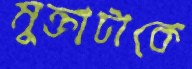
মুক্তাটাকে